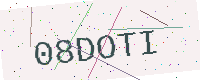
Text: 08DOTI